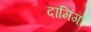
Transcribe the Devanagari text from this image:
दामिंगो